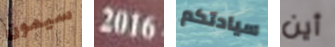
سيمون 2016 سيادتكم أين